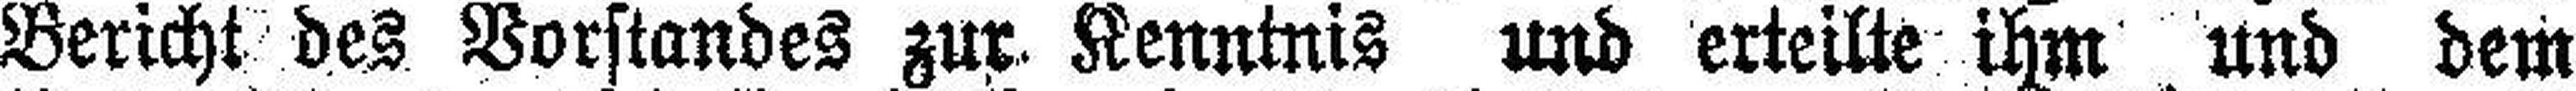
Bericht des Vorstandes zur Kenntnis und erteilte ihm und dem